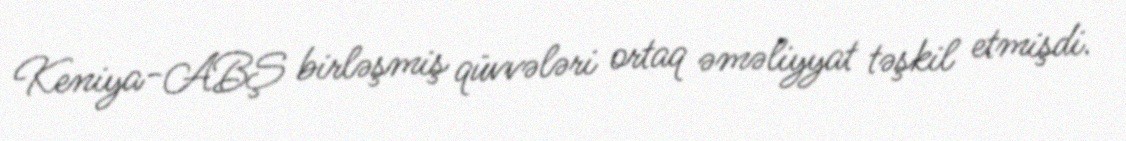
Keniya-ABŞ birləşmiş qüvvələri ortaq əməliyyat təşkil etmişdi.